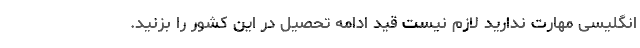
انگلیسی مهارت ندارید لازم نیست قید ادامه تحصیل در این کشور را بزنید.